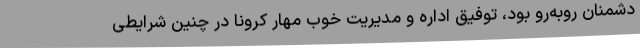
دشمنان روبه‌رو بود، توفیق اداره و مدیریت خوب مهار کرونا در چنین شرایطی